Indian journal of veterinary science and animal husbandry - Volumes 18-21, 1948-1951
Year: 1948
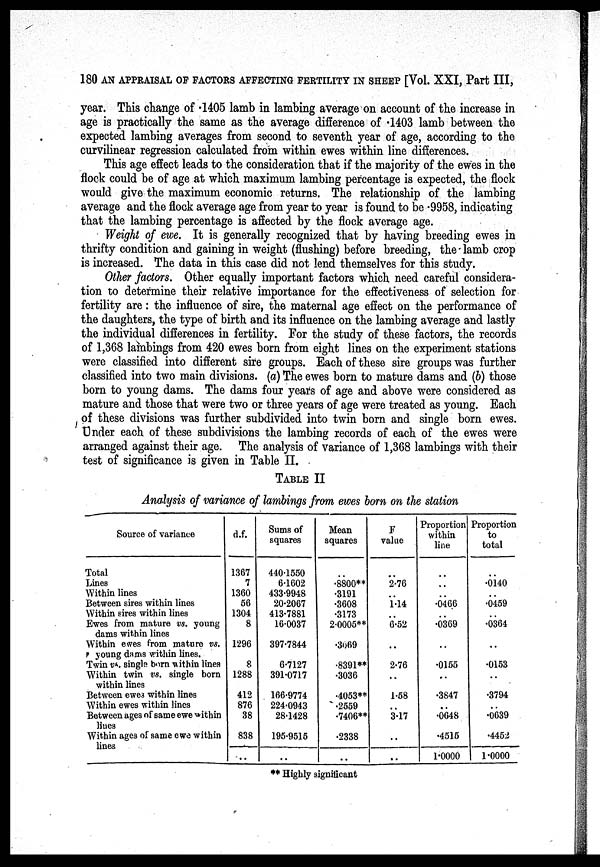
180 AN APPRAISAL OF FACTORS AFFECTING FERTILITY IN SHEEP [Vol. XXI, Part III,
year. This change of .1405 lamb in lambing average on account of the increase in
age is practically the same as the average difference of .1403 lamb between the
expected lambing averages from second to seventh year of age, according to the
curvilinear regression calculated from within ewes within line differences.
This age effect leads to the consideration that if the majority of the ewes in the
flock could be of age at which maximum lambing percentage is expected, the flock
would give the maximum economic returns. The relationship of the lambing
average and the flock average age from year to year is found to be .9958, indicating
that the lambing percentage is affected by the flock average age.
Weight of ewe. It is generally recognized that by having breeding ewes in
thrifty condition and gaining in weight (flushing) before breeding, the lamb crop
is increased. The data in this case did not lend themselves for this study.
Other factors. Other equally important factors which need careful considera-
tion to determine their relative importance for the effectiveness of selection for
fertility are: the influence of sire, the maternal age effect on the performance of
the daughters, the type of birth and its influence on the lambing average and lastly
the individual differences in fertility. For the study of these factors, the records
of 1,368 lambings from 420 ewes born from eight lines on the experiment stations
were classified into different sire groups. Each of these sire groups was further
classified into two main divisions. (a) The ewes born to mature dams and (6) those
born to young dams. The dams four years of age and above were considered as
mature and those that were two or three years of age were treated as young. Each
of these divisions was further subdivided into twin born and single born ewes.
Under each of these subdivisions the lambing records of each of the ewes were
arranged against their age. The analysis of variance of 1,368 lambings with their
test of significance is given in Table II.
TABLE II
Analysis of variance of lambings from ewes born on the station
Source of variance
Total
Lines
Within lines
Between sires within lines
Within sires within lines
Ewes from mature vs. young
dams within lines
Within ewes from mature vs.
* young dams within lines.
Twin vs. singls born within lines
Within twin vs. single born
within lines
Between ewes within lines
Within ewes within lines
Between ages of same ewe within
Hues
Within ages of same ewe within
lines
d.f.
1367
7
1360
56
1304
8
1296
8
1288
412
876
38
838
..
Sums of
squares
440.1550
6.1602
433.9948
20.2067
413.7881
16.0037
397.7844
6.7127
391.0717
166.9774
224.0943
28.1428
195.9515
..
Mean
squares
..
.8800**
.3191
.3608
.3173
2.0005**
.3069
.8391**
.3036
.4053**
.2559
.7406**
.2338
..
F
value
..
2.76
1.14
..
6.52
..
2.76
..
1.58
..
3.17
..
..
Proportion
within
line
..
..
..
.0466
..
.0369
..
.0155
..
.3847
..
.0648
.4515
1.0000
Proportion
to
total
.0140
.0459
.0364
..
.0153
..
.3794
..
.0639
.4452
1.0000
** Highly significant